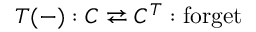
T ( - ) : C \rightleftarrows C ^ { T } : { \mathrm { f o r g e t } }